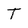
Character: T